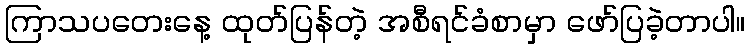
ကြာသပတေးနေ့ ထုတ်ပြန်တဲ့ အစီရင်ခံစာမှာ ဖော်ပြခဲ့တာပါ။